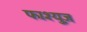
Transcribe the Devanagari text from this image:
फाश्युज़